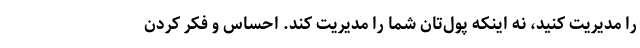
را مدیریت کنید، نه اینکه پول‌تان شما را مدیریت کند. احساس و فکر کردن